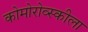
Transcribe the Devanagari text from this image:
कोमोरोव्स्कीला